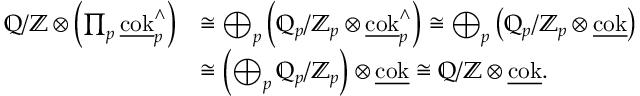
\begin{array} { r l } { \mathbb { Q } / \mathbb { Z } \otimes \left( \prod _ { p } \underline { { \mathrm { c o k } } } _ { p } ^ { \wedge } \right) } & { \cong \bigoplus _ { p } \left( \mathbb { Q } _ { p } / \mathbb { Z } _ { p } \otimes \underline { { \mathrm { c o k } } } _ { p } ^ { \wedge } \right) \cong \bigoplus _ { p } \left( \mathbb { Q } _ { p } / \mathbb { Z } _ { p } \otimes \underline { { \mathrm { c o k } } } \right) } \\ & { \cong \left( \bigoplus _ { p } \mathbb { Q } _ { p } / \mathbb { Z } _ { p } \right) \otimes \underline { { \mathrm { c o k } } } \cong \mathbb { Q } / \mathbb { Z } \otimes \underline { { \mathrm { c o k } } } . } \end{array}